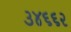
૩૪૬૬૨